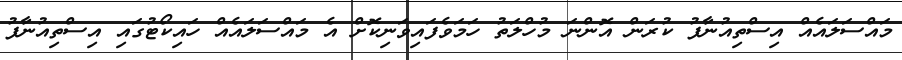
މައްސަލައެއް އިސްތިއުނާފު ކުރަން އޮންނަ މުހްލަތު ހަމަވެފައިވަނިކޮށް އެ މައްސަލައެއް ހައިކޯޓުގައި އިސްތިއުނާފު